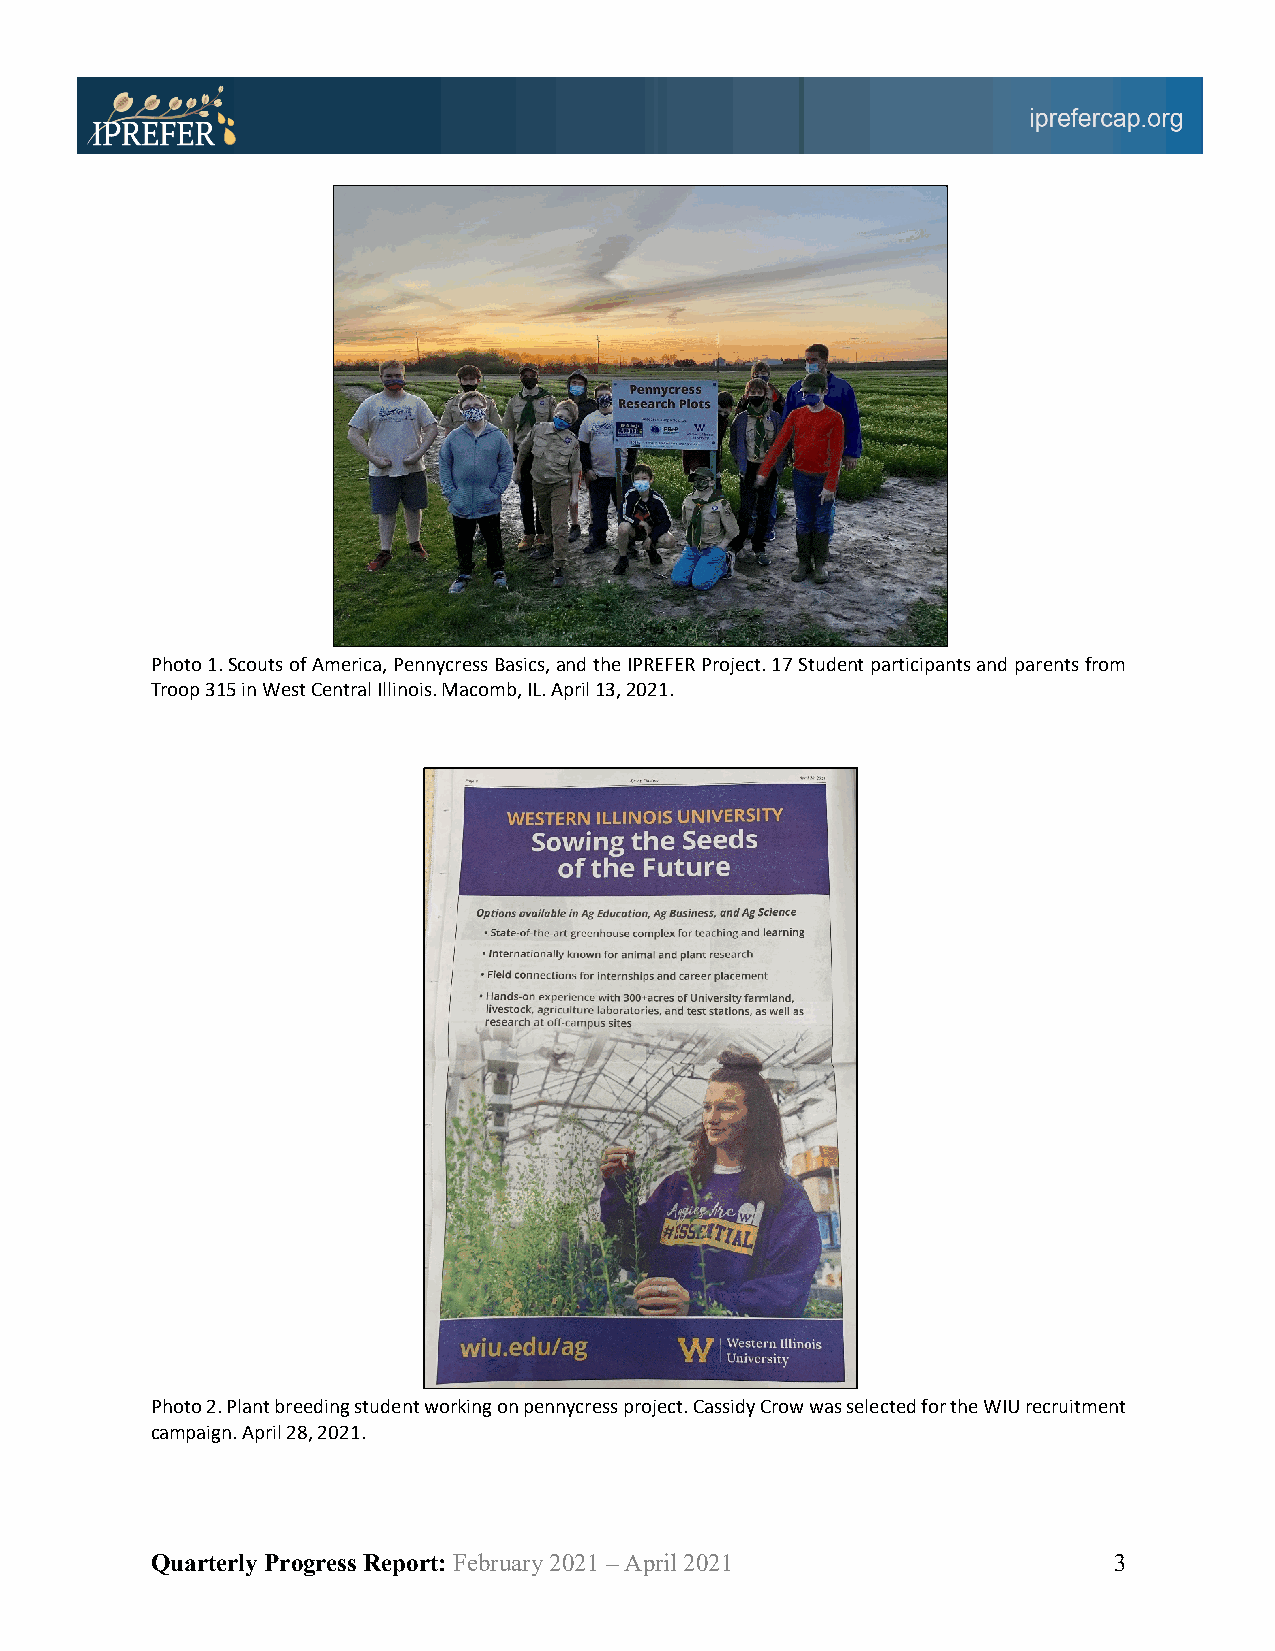
Photo 1. Scouts of America, Pennycress Basics, and the IPREFER Project. 17 Student participants and parents from
 Troop 315 in West Central Illinois. Macomb, IL. April 13, 2021.
 Photo 2. Plant breeding student working on pennycress project. Cassidy Crow was selected for the WIU recruitment
 campaign. April 28, 2021.
 Quarterly Progress Report: February 2021 – April 2021           3